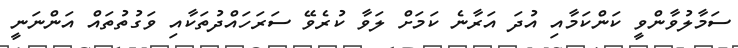
ސަމާލުވާންވީ ކަންކަމާއި އުދަ އަރާނެ ކަމަށް ލަވާ ކުރެވޭ ސަރަހައްދުތަކާއި ވަގުތުތައް އަންނަނީ